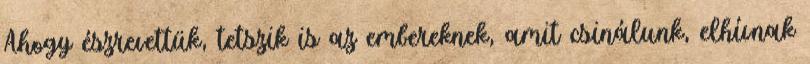
Ahogy észrevettük, tetszik is az embereknek, amit csinálunk, elhívnak